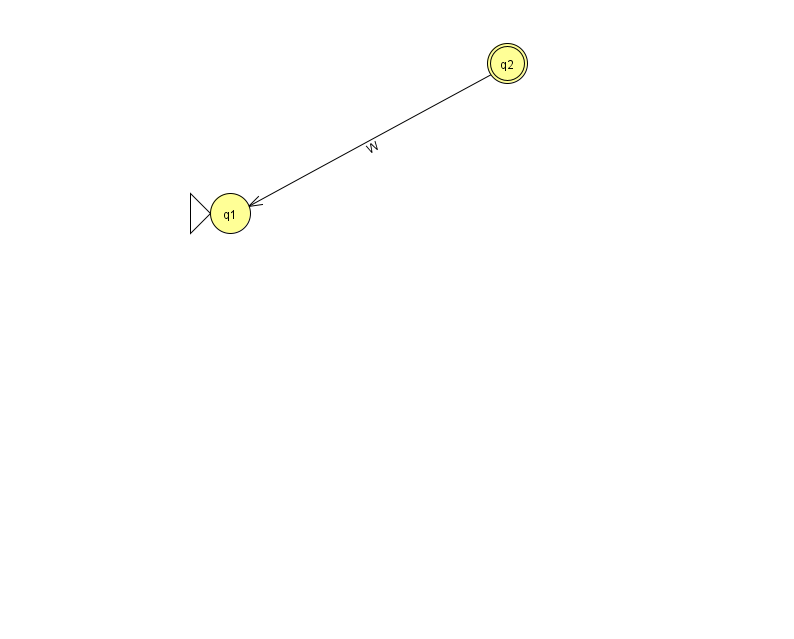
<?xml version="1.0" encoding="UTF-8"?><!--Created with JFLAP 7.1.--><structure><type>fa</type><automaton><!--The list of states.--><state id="1" name="q1"><x>230.0</x><y>200.0</y><initial/></state><state id="2" name="q2"><x>507.0</x><y>50.0</y><final/></state><!--The list of transitions.--><transition><from>2</from><to>1</to><read>W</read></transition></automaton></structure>